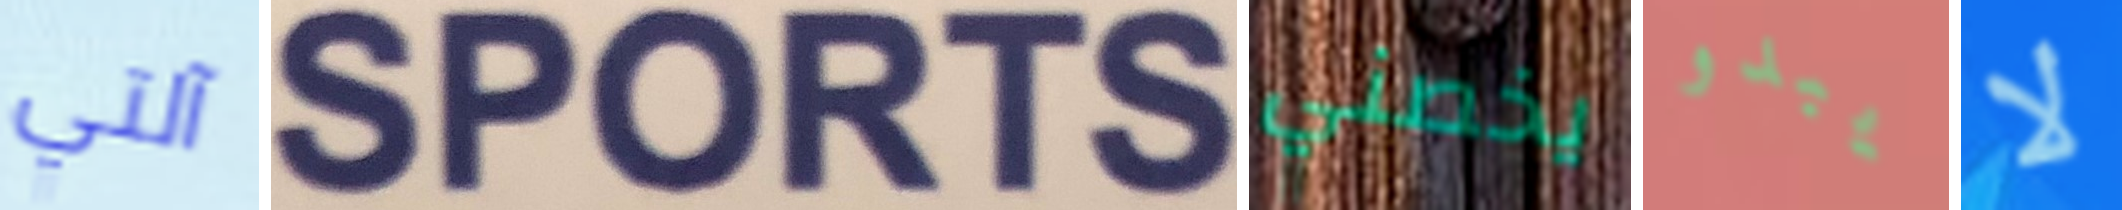
آلتي SPORTS يخصني يبدو لا